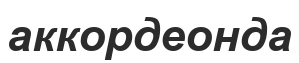
аккордеонда